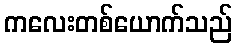
ကလေးတစ်ယောက်သည်